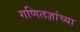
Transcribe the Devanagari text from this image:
गणितज्ञांच्या